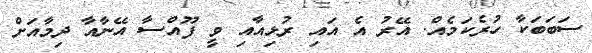
ސަބަބަކާ ހުރެކަމެއް. އޭރު އެ އައި ރުޅިއާއި ވީ ފޫއްސާ އޭނާއާ ދިމާއަށް